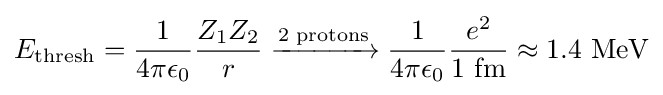
E_{\mathrm {thresh} }={\frac {1}{4\pi \epsilon _{0}}}{\frac {Z_{1}Z_{2}}{r}}{{}\mathrel {\xrightarrow {\text{2 protons}} } {}}{\frac {1}{4\pi \epsilon _{0}}}{\frac {e^{2}}{1\ {\mathrm {fm} }}}\approx 1.4\ {\mathrm {MeV} }